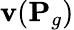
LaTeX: {\mathbf{v}}({\mathbf{P}}_{g})